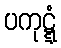
ပကုဋ္ဋံ